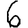
Digit: 6